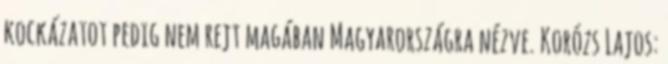
kockázatot pedig nem rejt magában Magyarországra nézve. Korózs Lajos: